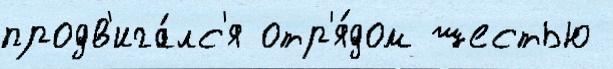
продв'ига́лс'я отр'я́дом шестью